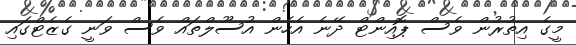
މީގެ އިތުރުން ވެސް ޕޮއިންޓް ދޭނެ އެހެން އުސޫލްތައް ވެސް ވަނީ ގެޒެޓްގައި